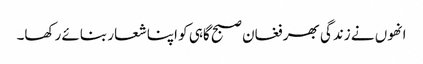
انھوں نے زندگی بھر فغان صبح گاہی کو اپنا شعار بنائے رکھا۔